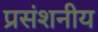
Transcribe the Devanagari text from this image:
प्रसंशनीय